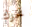
تحرك